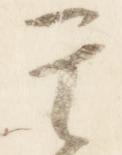
其